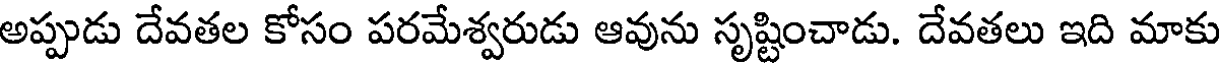
అప్పుడు దేవతల కోసం పరమేశ్వరుడు ఆవును సృష్టించాడు. దేవతలు ఇది మాకు